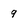
Character: 9